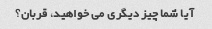
آیا شما چیز دیگری می خواهید، قربان؟